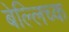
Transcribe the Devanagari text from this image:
बेल्लिच्क